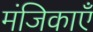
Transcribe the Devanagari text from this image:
मंजिकाएँ